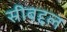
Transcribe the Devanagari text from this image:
स्रीबद्दल